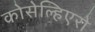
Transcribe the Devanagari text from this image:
कोसेल्हिएरो